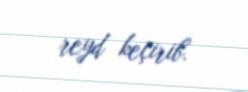
reyd keçirib.